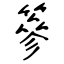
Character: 篸